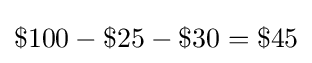
\$100-\$25-\$30=\$45